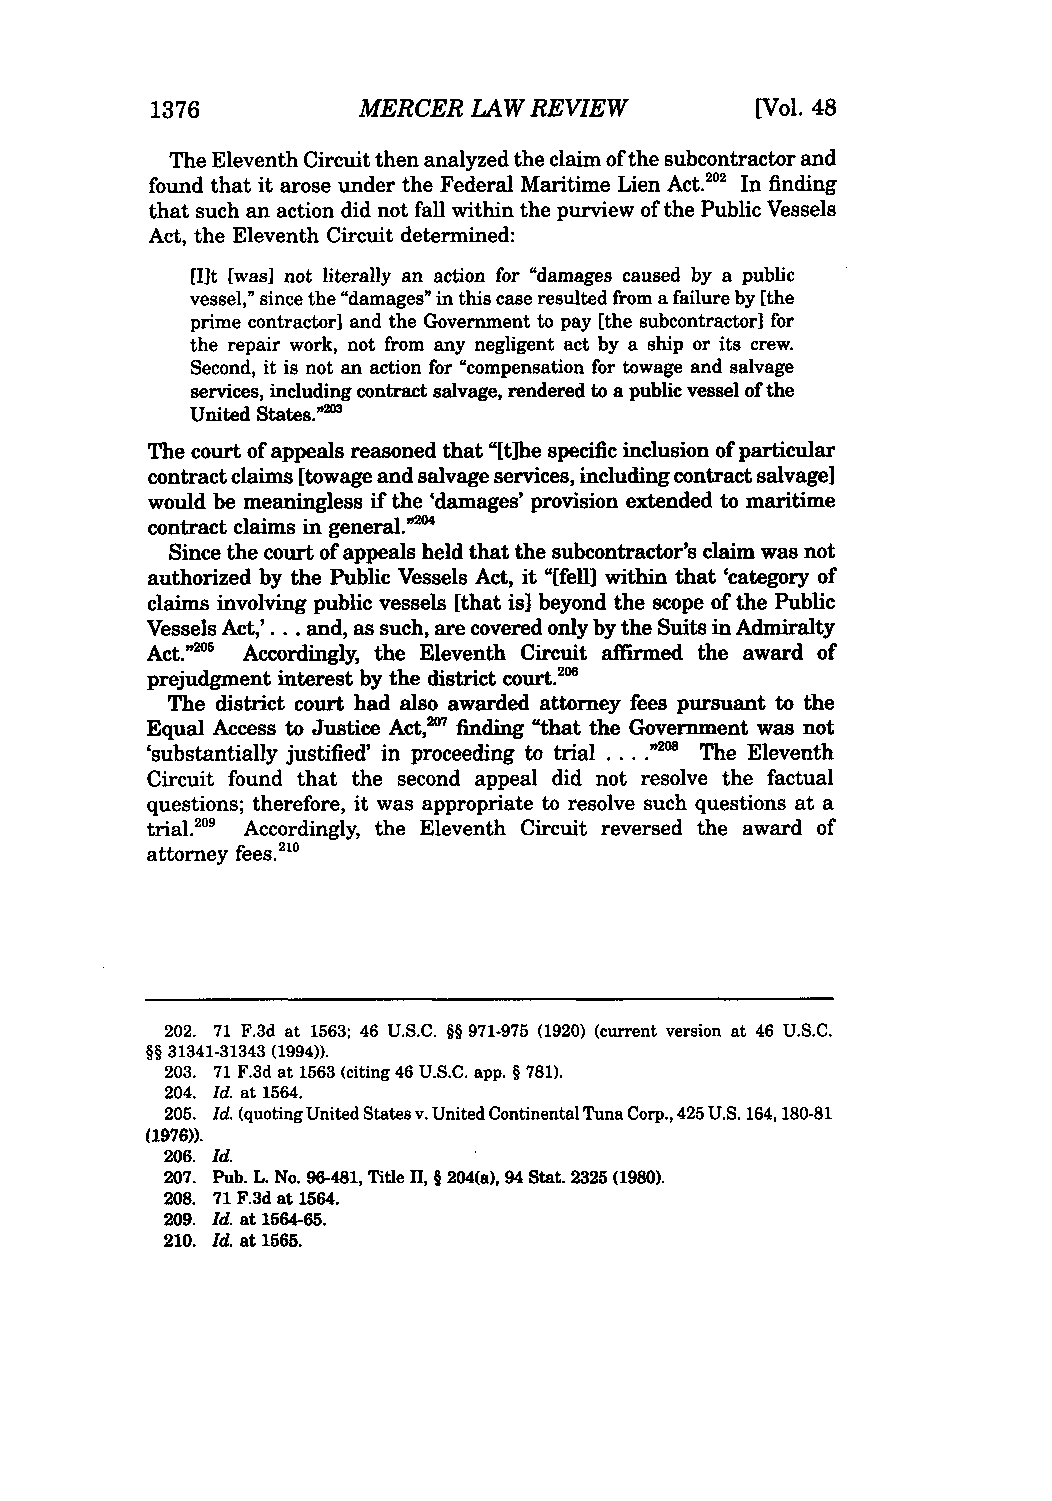
1376          MERCER LAW REVIEW         [Vol. 48
 The Eleventh Circuit then analyzed the claim of the subcontractor and
 found that it arose under the Federal Maritime Lien Act.' In finding
 that such an action did not fall within the purview of the Public Vessels
 Act, the Eleventh Circuit determined:
 [1It [was] not literally an action for "damages caused by a public
 vessel," since the "damages" in this case resulted from a failure by [the
 prime contractor] and the Government to pay [the subcontractor] for
 the repair work, not from any negligent act by a ship or its crew.
 Second, it is not an action for "compensation for towage and salvage
 services, including contract salvage, rendered to a public vessel of the
 United States."=3
 The court of appeals reasoned that "[tihe specific inclusion of particular
 contract claims [towage and salvage services, including contract salvage]
 would be meaningless if the 'damages' provision extended to maritime
 contract claims in general.' °
 Since the court of appeals held that the subcontractor's claim was not
 authorized by the Public Vessels Act, it "[fell] within that 'category of
 claims involving public vessels [that is] beyond the scope of the Public
 Vessels Act,'... and, as such, are covered only by the Suits in Admiralty
 Act."205 Accordingly, the Eleventh Circuit affirmed the award of
 prejudgment interest by the district court.2
 The district court had also awarded attorney fees pursuant to the
 Equal Access to Justice Act,2"7 finding "that the Government was not
 'substantially justified' in proceeding to trial .... .' The Eleventh
 Circuit found that the second appeal did not resolve the factual
 questions; therefore, it was appropriate to resolve such questions at a
 trial.2" Accordingly, the Eleventh Circuit reversed the award of
 attorney
 fees.210
 202. 71 F.3d at 1563; 46 U.S.C. §§ 971-975 (1920) (current version at 46 U.S.C.
 §§ 31341-31343 (1994)).
 203. 71 F.3d at 1563 (citing 46 U.S.C. app. § 781).
 204. Id. at 1564.
 205. Id. (quoting United States v. United Continental Tuna Corp., 425 U.S. 164,180-81
 (1976)).
 206. Id.
 207. Pub. L. No. 96-481, Title 11, § 204(a), 94 Stat. 2325 (1980).
 208. 71 F.3d at 1564.
 209. Id at 1564-65.
 210. Id. at 1565.